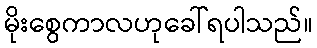
မိုးစွေကာလဟုခေါ်ရပါသည်။